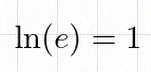
\ln(e)=1